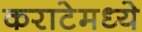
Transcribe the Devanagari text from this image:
कराटेमध्ये